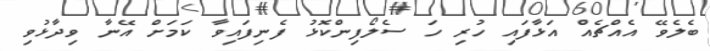
ބެލެވޭ އެއްޗެއް އަޅާފައި ހުރި ހަ ސެލޯފިންކޮޅު ފެނިފައިވާ ކަމަށް އޭނާ ވިދާޅުވި